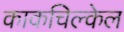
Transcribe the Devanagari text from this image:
काकचिल्केल